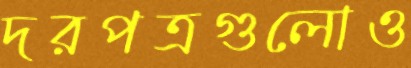
দরপত্রগুলোও